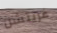
غريتشن